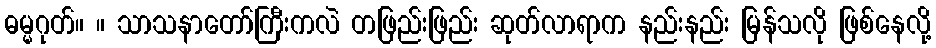
ဓမ္မဂုတ်။ ။ သာသနာတော်ကြီးကလဲ တဖြည်းဖြည်း ဆုတ်လာရာက နည်းနည်း မြန်သလို ဖြစ်နေလို့